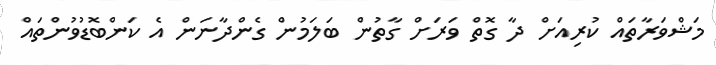
މަޝްވަރާތައް ކުރިއަށް ދާ ގޮތް ވަރަށް ގާތުން ބަލަމުން ގެންދާނަން އެ ކަންބޮޑުުވުންތައް